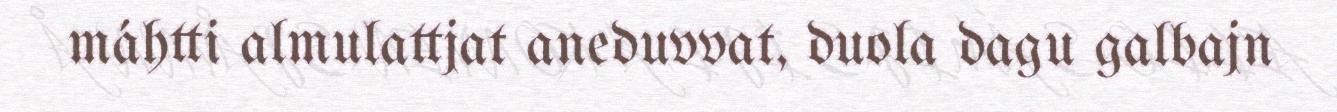
máhtti almulattjat aneduvvat, duola dagu galbajn